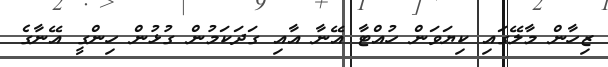
ޒިހާން މާލޭގައި ކިޔަވަން ހުއްޓާ އޭނާ އާއި ގަދަކަމުން ގުޅުން ހިންގީ އޭނާގެ